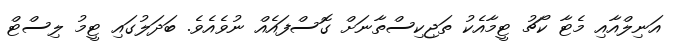
އަނިލްއާއި މެޓާ ކޯޗު ޓީމާއެކު ތަޖިކިސްތާނަށް ގޮސްފައެެއް ނުވެއެވެ. ބަދަލުގައި ޓީމު ލިސްޓް